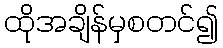
ထိုအချိန်မှစတင်၍